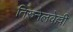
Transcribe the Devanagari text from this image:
तिरुनेलवेल्ली